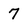
Character: 7